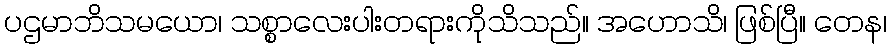
ပဌမာဘိသမယော၊ သစ္စာလေးပါးတရားကိုသိသည်။ အဟောသိ၊ ဖြစ်ပြီ။ တေန၊